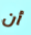
أن